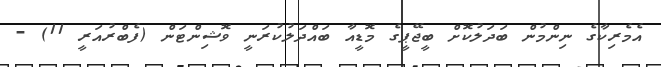
އެމެރިކާގެ ނިންމުން ބަދަލުކޮށް ބީޖޭޕީގެ މޮޑީއާ ބައްދަލުކުރަނީ ވޮޝިންޓަން (ފެބްރުއަރީ 11) -